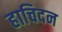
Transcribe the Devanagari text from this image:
हाचिदन